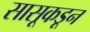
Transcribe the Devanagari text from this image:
सासूकडून